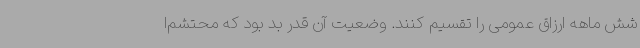
شش ماهه ارزاق عمومی را تقسیم کنند. وضعیت آن قدر بد بود که محتشم‌ا